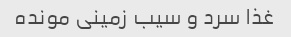
غذا سرد و سیب زمینی مونده